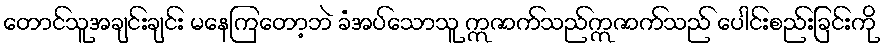
တောင်သူအချင်းချင်း မနေကြတော့ဘဲ ခံအပ်သောသူ ဣဇာက်သည်ဣဇာက်သည် ပေါင်းစည်းခြင်းကို